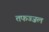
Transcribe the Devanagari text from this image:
तफज्ज़ल